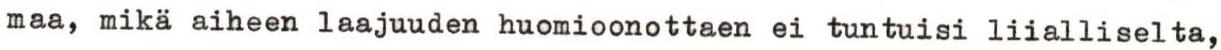
maa, mikä aiheen laajuuden huomioonottaen ei tuntuisi liialliselta,